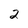
Character: 2